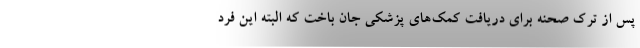
پس از ترک صحنه برای دریافت کمک‌های پزشکی جان باخت که البته این فرد